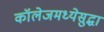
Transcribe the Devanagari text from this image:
कॉलेजमध्येसुद्धा